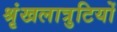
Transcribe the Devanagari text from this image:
श्रृंखलात्रुटियों